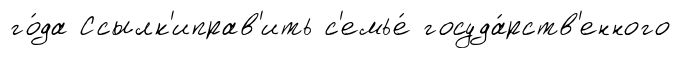
го́да Ссылк'иправ'ить с'емье́ госуда́рств'енного